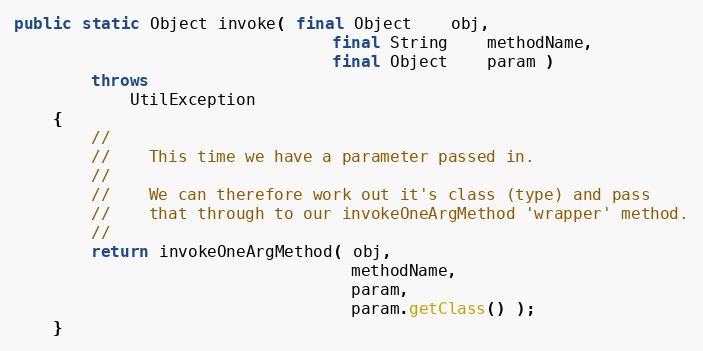
Language: Java
public static Object invoke( final Object    obj,
                                 final String    methodName,
                                 final Object    param )
        throws
            UtilException
    {
        //
        //    This time we have a parameter passed in.
        //
        //    We can therefore work out it's class (type) and pass
        //    that through to our invokeOneArgMethod 'wrapper' method.
        //
        return invokeOneArgMethod( obj,
                                   methodName,
                                   param,
                                   param.getClass() );
    }